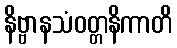
နိဗ္ဗာနသံဝတ္တနိကာတိ